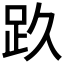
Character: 𰸃